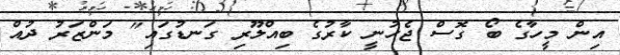
އިން މީހާގެ ބޯ ގޮސް ޖެހުނީ ކާރުގެ ބިއްލޫރި ގަނޑުގައި" މަންޒަރު ދުއް